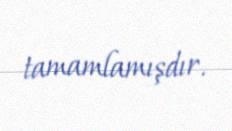
tamamlamışdır.